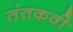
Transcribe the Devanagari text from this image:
तंतकवी